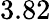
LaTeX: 3.82